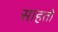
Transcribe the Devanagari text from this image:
साहतो